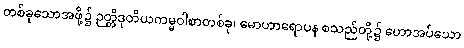
တစ်ခုသောအဖို့၌ ဉတ္တိဒုတိယကမ္မဝါစာတစ်ခု၊ မောဟာရောပန စသည်တို့၌ ဟောအပ်သော